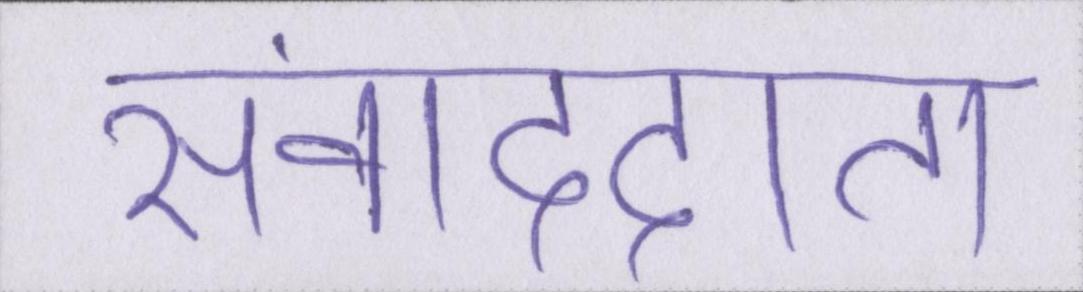
संवाददाता